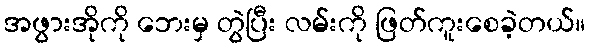
အဖွားအိုကို ဘေးမှ တွဲပြီး လမ်းကို ဖြတ်ကူးစေခဲ့တယ်။